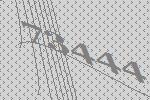
73444